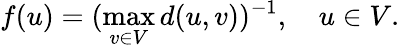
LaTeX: f(u)=(\operatorname*{max}_{v\in V}d(u,v))^{-1},\quad u\in V.